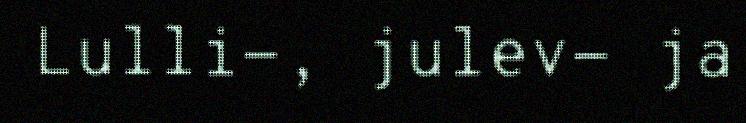
Lulli-, julev- ja